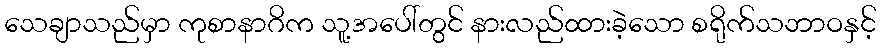
သေချာသည်မှာ ကုစာနာဂိက သူ့အပေါ်တွင် နားလည်ထားခဲ့သော စရိုက်သဘာဝနှင့်